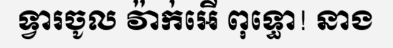
ទ្វារចូល វ៉ាក់អើ ពុទ្ធោ! នាង